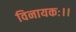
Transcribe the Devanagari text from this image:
विनायकः।।